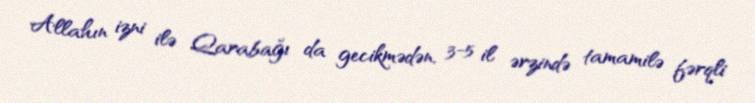
Allahın izni ilə Qarabağı da gecikmədən, 3-5 il ərzində tamamilə fərqli